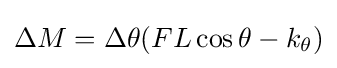
\Delta M=\Delta \theta (FL\cos \theta -k_{\theta })